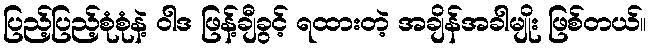
ပြည့်ပြည့်စုံစုံနဲ့ ဝါဒ ဖြန့်ချီခွင့် ရထားတဲ့ အချိန်အခါမျိုး ဖြစ်တယ်။